Report of the Indian Hemp Drugs Commission, 1894-1895 - Volume VII
Year: 1894
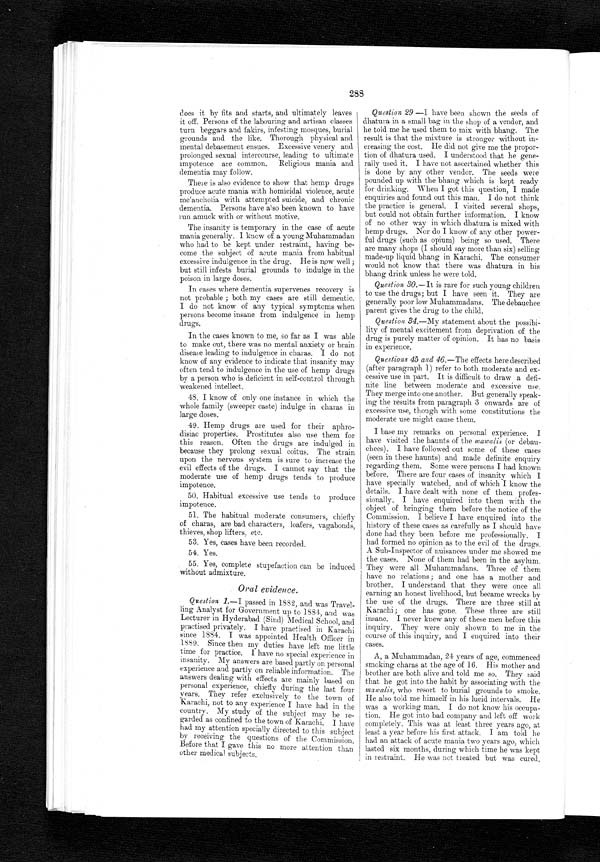
288
Question 29.—I have been shown the seeds of
dhatura in a small bag in the shop of a vendor, and
he told me he used them to mix with bhang. The
result is that the mixture is stronger without in
- -
creasing the cost. He did not give me the propor--
tion of dhatura used. I understood that he gene-
-rally used it. I have not ascertained whether this
is done by any other vendor. The seeds were
pounded up with the bhang which is kept ready
for drinking. When I got this question, I made
enquiries and found out this man. I do not think
the practice is general. I visited several shops,
but could not obtain further information. I know
of no other way in which dhatura is mixed with
hemp drugs. Nor do I know of any other power--
ful drugs (such as opium) being so used. There
are many shops (I should say more than six) selling
made-up liquid bhang in Karachi. The consumer
would not know that there was dhatura in his
bhang drink unless he were told.
does it by fits and starts, and ultimately leaves
it off. Persons of the labouring and artisan classes
turn beggars and fakirs, infesting mosques, burial
grounds and the like. Thorough physical and
mental debasement ensues. Excessive venery and
prolonged sexual intercourse, leading to ultimate
impotence are common. Religious mania and
dementia may follow.
There is also evidence to show that hemp drugs
produce acute mania with homicidal violence, acute
melancholia with attempted suicide, and chronic
dementia. Persons have also been known to have
run amuck with or without motive.
The insanity is temporary in the case of acute
mania generally. I know of a young Muhammadan
who had to be kept under restraint, having be-
come the subject of acute mania from habitual
excessive indulgence in the drug. He is now well;
but still infests burial grounds to indulge in the
poison in large doses.
In cases where dementia supervenes recovery is
not probable; both my cases are still dementic.
I do not know of any typical symptoms when
persons become insane from indulgence in hemp
drugs.
In the cases known to me, so far as I was able
to make out, there was no mental anxiety or brain
disease leading to indulgence in charas. I do not
know of any evidence to indicate that insanity may
often tend to indulgence in the use of hemp drugs
by a person who is deficient in self-control through
weakened intellect.
48. I know of only one instance in which the
whole family (sweeper caste) indulge in charas in
large doses.
49. Hemp drugs are used for their aphro-
disiac properties. Prostitutes also use them for
this reason. Often the drugs are indulged in
because they prolong sexual coitus. The strain
upon the nervous system is sure to increase the
evil effects of the drugs. I cannot say that the
moderate use of hemp drugs tends to produce
impotence.
50. Habitual excessive use tends to produce
impotence.
51. The habitual moderate consumers, chiefly
of charas, are bad characters, loafers, vagabonds,
thieves, shop lifters, etc.
53. Yes, cases have been recorded.
54. Yes.
55. Yes, complete stupefaction can be induced
without admixture.
Oral evidence.
Question 1 .— I passed in 1882, and was Travel--
ling Analyst for Government up to 1884, and was
Lecturer in Hyderabad (Sind) Medical School, and
practised privately. I have practised in Karachi
since 1884. I was appointed Health Officer in
1889. Since then my duties have left me little
time for practice. I have no special experience in
insanity. My answers are based partly on personal
experience and partly on reliable information. The
answers dealing with effects are mainly based on
personal experience, chiefly during the last four
y e a r s . T h e y r e f e r e x c l u s i v e l y t o t h e t o w n o f
Karachi, not to any experience I have had in the
country. My study of the subject may be re-
- g a r d e d a s c o n f i n e d t o t h e t o w n o f K a r a c h i . I h a v e
had my attention specially directed to this subject
by receiving the questions of the Commission.
Before that I gave this no more attention than
other medical subjects.
Question 30.—It is rare for such young children
to use the drugs; but I have seen it. They are
generally poor low Muhammadans. The debauchee
parent gives the drug to the child.
Question 34.—My statement about the possibi-
lity of mental excitement from deprivation of the
drug is purely matter of opinion. It has no basis
in experience.
Questions 45 and 46.—The effects here described
(after paragraph 1) refer to both moderate and ex-
cessive use in part. It is difficult to draw a defi-
nite line between moderate and excessive use.
They merge into one another. But generally speak-
ing the results from paragraph 3 onwards are of
excessive use, though with some constitutions the
moderate use might cause them.
I base my remarks on personal experience. I
have visited the haunts of the mawalis (or
d e b a u - c h e e s ) . I h a v e f o l l o w e d o u t s o m e o f t h e s e c a s e s
(seen in these haunts) and made definite enquiry
regarding them. Some were persons I had known
before. There are four cases of insanity which I
have specially watched, and of which I know the
details. I have dealt with none of them profes-
sionally. I have enquired into them with the
object of bringing them before the notice of the
Commission. I believe I have enquired into the
history of these cases as carefully as I should have
done had they been before me professionally.
I h a d f o r m e d n o o p i n i o n a s t o t h e e v i l o f t h e d r u g s .
A Sub-Inspector of nuisances under me showed me
the cases. None of them had been in the asylum.
They were all Muhammadans. Three of them
have no relations; and one has a mother and
brother. I understand that they were once all
earning an honest livelihood, but became wrecks by
the use of the drugs. T
h e r e a r e t h r e e s t i l l a t K a r a c h i ; o n e h a s g o n e . T h e s e t h r e e a r e s t i l l
insane. I never knew any of these men before this
inquiry. They were only shown to me in the
course of this inquiry, and I enquired into their
cases.
A, a Muhammadan, 24 years of age, commenced
smoking charas at the age of 16. His mother and
brother are both alive and told me so. They said
that he got into the habit by associating with the
mawalis, who resort to burial grounds to smoke.
He also told me himself in his lucid intervals. He
was a working man. I do not know his occupa-
tion. He got into bad company and left off work
completely. This was at least three years ago, at
least a year before his first attack. I am told he
had an attack of acute mania two years ago, which
lasted six months, during which time he was kept
in restraint. He was not treated. but was cured.